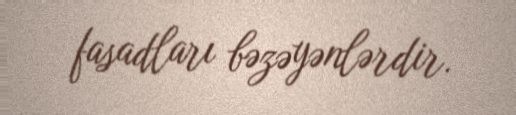
fasadları bəzəyənlərdir.